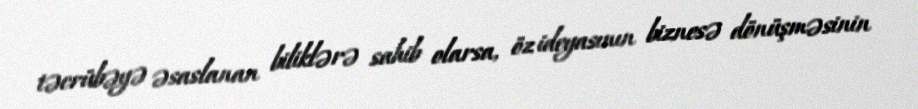
təcrübəyə əsaslanan biliklərə sahib olarsa, öz ideyasının biznesə dönüşməsinin